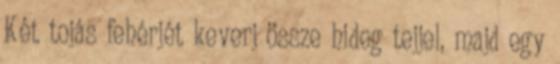
Két tojás fehérjét keverj össze hideg tejjel, majd egy